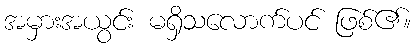
အမှားအယွင်း မရှိသလောက်ပင် ဖြစ်၏။